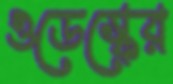
ওডেস্কের